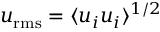
u _ { \mathrm { r m s } } = \langle u _ { i } u _ { i } \rangle ^ { 1 / 2 }